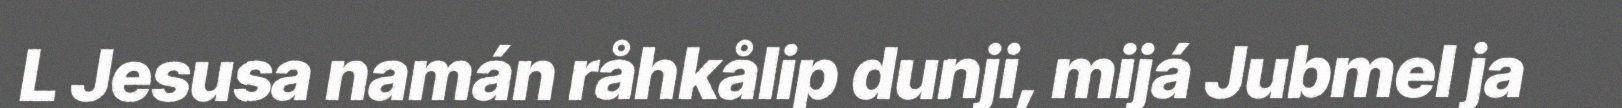
L Jesusa namán råhkålip dunji, mijá Jubmel ja